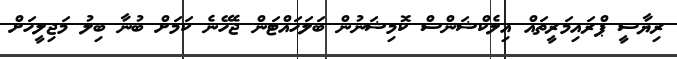
ރިޔާސީ ޕްރައިމަރީތައް އިލެކްޝަންސް ކޮމިޝަނުން ބަލަހައްޓަން ޖެހޭނެ ކަމަށް ބުނާ ބިލު މަޖިލީހަށް